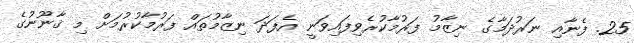
25. ފެނާއި ނަރުދަމާގެ ނިޒާމު ފަރުމާކުރެވިފައިވަނީ އެފަދަ ނިޒާމުތައް ފަރުމާކުރުމަށް މި ޤާނޫނުގެ